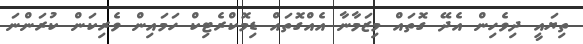
ތިޔައީ ދިވެހިން އެދޭ ގޮތައް މިޒަމާނާ އެއްގޮތައް ޑިމޮކްރެޓިކް ހަމައިން ވެރިކަން ކުރަންނަ